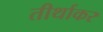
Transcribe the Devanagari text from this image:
तीर्थाकर